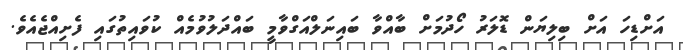
އަށްޑިހަ އަށް ބިލިޔަން ޑޮލަރު ހޯދުމަށް ބާއްވާ ބައިނަލްއަގްވާމީ ބައްދަލުވުމެއް ކުވައިތުގައި ފެށިއްޖެއެވެ.